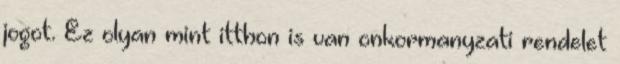
jogot. Ez olyan mint itthon is van onkormanyzati rendelet